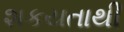
શકયતાથી